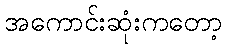
အကောင်းဆုံးကတော့